Lunatic asylums Bombay report 1891-1903 - 1891-1903
Year: 1891
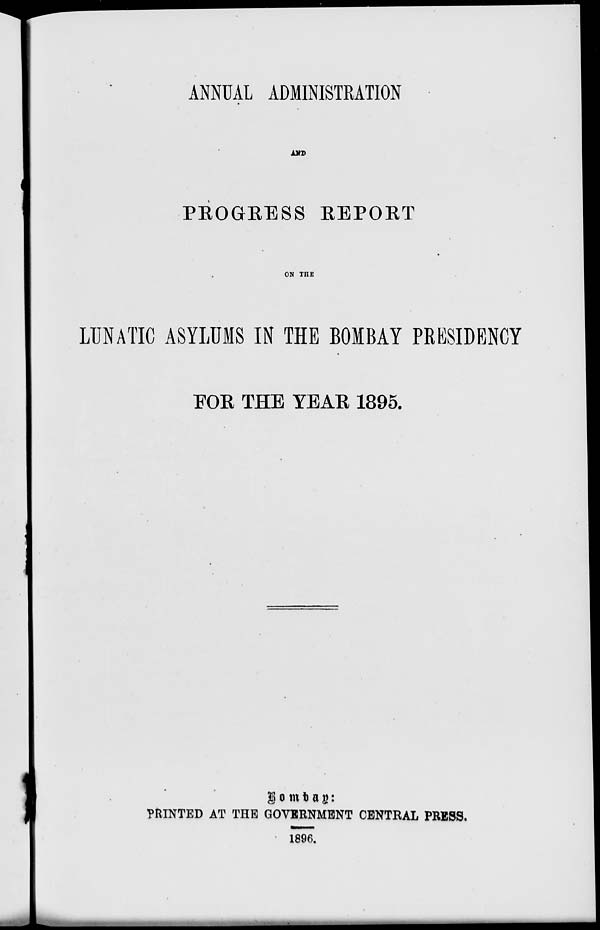
ANNUAL ADMINISTRATION
AND
PROGRESS REPORT
ON THE
LUNATIC ASYLUMS IN THE BOMBAY PRESIDENCY
FOR THE YEAR 1895.
Bombay:
PRINTED AT THE GOVERNMENT CENTRAL PRESS.
1896.